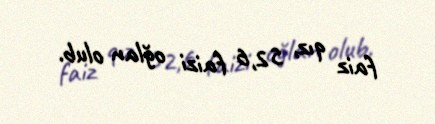
faiz qız, 52,6 faizi oğlan olub.